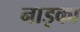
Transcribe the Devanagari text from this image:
नाइका